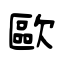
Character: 歐